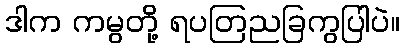
ဒါက ကမွတို့ ရပတြညခြကွပြါပဲ။